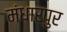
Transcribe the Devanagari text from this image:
मंधारपुर